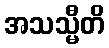
အသသ္မီတိ